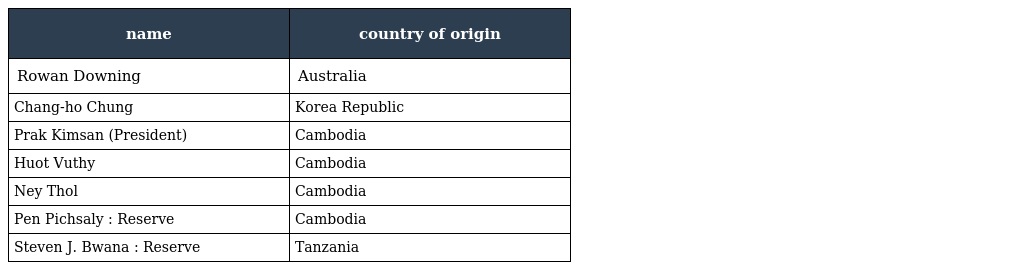
| name | country of origin |
 | --- | --- |
 | Rowan Downing | Australia |
 | Chang-ho Chung | Korea Republic |
 | Prak Kimsan (President) | Cambodia |
 | Huot Vuthy | Cambodia |
 | Ney Thol | Cambodia |
 | Pen Pichsaly : Reserve | Cambodia |
 | Steven J. Bwana : Reserve | Tanzania |